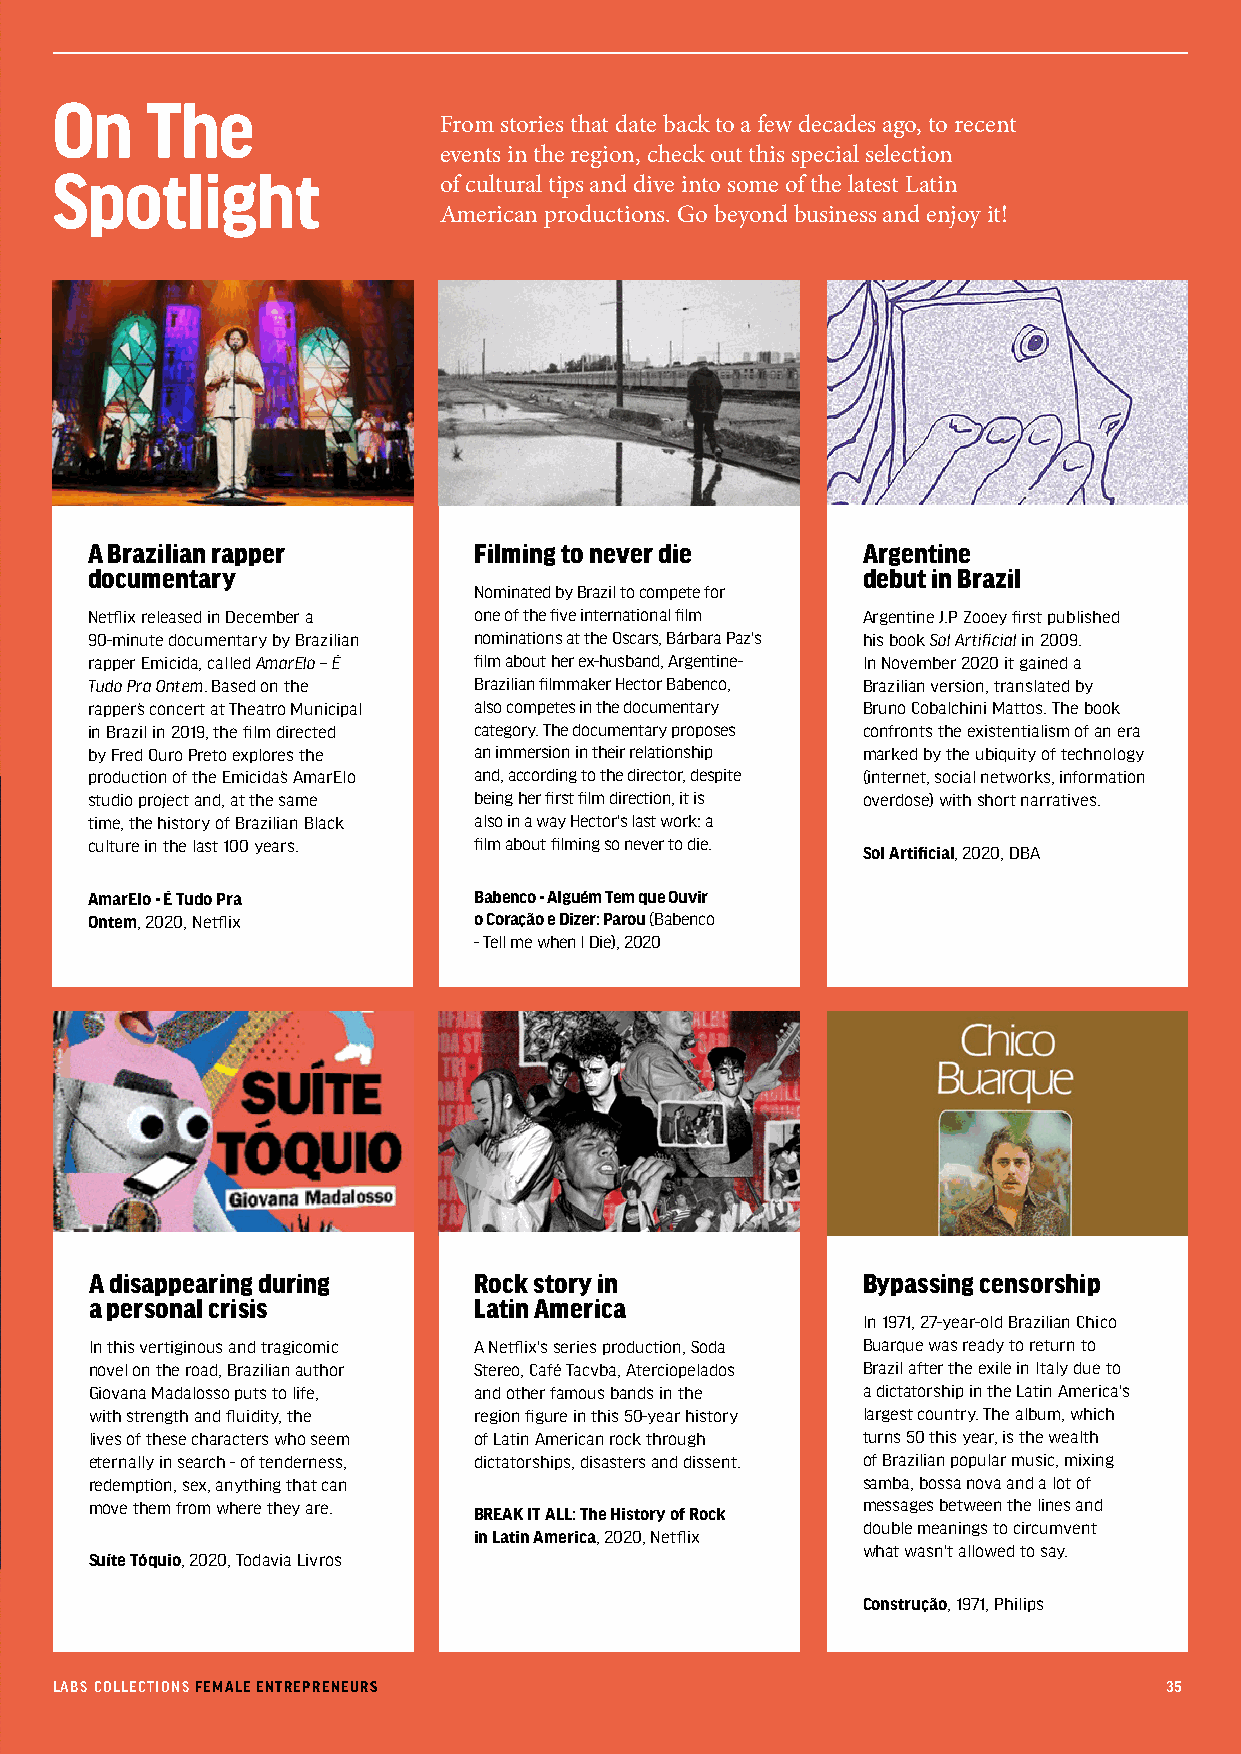
On     The
 From stories that date back to a few decades ago, to recent
 events in the region, check out this special selection
 Spotlight
 of cultural tips and dive into some of the latest Latin
 American productions. Go beyond business and enjoy it!
 A Brazilian rapper       Filming to never die      Argentine
 documentary                                        debut in Brazil
 Nominated by Brazil to compete for
 Netflix released in December a one of the five international film Argentine J.P Zooey first published
 90-minute documentary by Brazilian nominations at the Oscars, Bárbara Paz's his book Sol Artificial in 2009.
 rapper Emicida, called AmarElo – É film about her ex-husband, Argentine- In November 2020 it gained a
 Tudo Pra Ontem. Based on the Brazilian filmmaker Hector Babenco, Brazilian version, translated by
 rapper’s concert at Theatro Municipal also competes in the documentary Bruno Cobalchini Mattos. The book
 in Brazil in 2019, the film directed category. The documentary proposes confronts the existentialism of an era
 by Fred Ouro Preto explores the an immersion in their relationship marked by the ubiquity of technology
 production of the Emicida’s AmarElo and, according to the director, despite (internet, social networks, information
 studio project and, at the same being her first film direction, it is overdose) with short narratives.
 time, the history of Brazilian Black also in a way Hector's last work: a
 culture in the last 100 years. film about filming so never to die. Sol Artificial, 2020, DBA
 AmarElo - É Tudo Pra     Babenco - Alguém Tem que Ouvir
 Ontem, 2020, Netflix     o Coração e Dizer: Parou (Babenco
 - Tell me when I Die), 2020
 A disappearing during    Rock story in             Bypassing censorship
 a personal crisis        Latin America
 In 1971, 27-year-old Brazilian Chico
 In this vertiginous and tragicomic A Netflix's series production, Soda Buarque was ready to return to
 novel on the road, Brazilian author Stereo, Café Tacvba, Aterciopelados Brazil after the exile in Italy due to
 Giovana Madalosso puts to life, and other famous bands in the a dictatorship in the Latin America's
 with strength and fluidity, the region figure in this 50-year history largest country. The album, which
 lives of these characters who seem of Latin American rock through turns 50 this year, is the wealth
 eternally in search - of tenderness, dictatorships, disasters and dissent. of Brazilian popular music, mixing
 redemption, sex, anything that can                 samba, bossa nova and a lot of
 move them from where they are.                     messages between the lines and
 BREAK IT ALL: The History of Rock
 double meanings to circumvent
 in Latin America, 2020, Netflix
 what wasn't allowed to say.
 Suíte Tóquio, 2020, Todavia Livros
 Construção, 1971, Philips
 LABS COLLECTIONS FEMALE ENTREPRENEURS                                     35